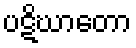
ပဋိဃာတော